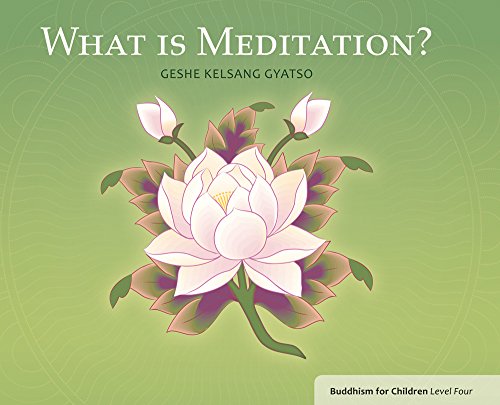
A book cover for What is Meditation?: Buddhism for Children Level 4; Geshe Kelsang Gyatso; Children's Books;